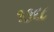
૧૩૬૮